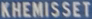
KHEMISSET